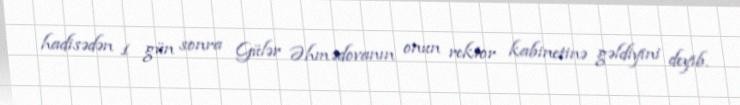
hadisədən 1 gün sonra Gülər Əhmədovanın onun rektor kabinetinə gəldiyini deyib.